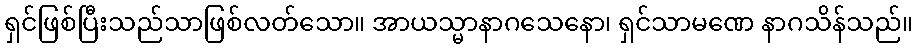
ရှင်ဖြစ်ပြီးသည်သာဖြစ်လတ်သော။ အာယသ္မာနာဂသေနော၊ ရှင်သာမဏေ နာဂသိန်သည်။